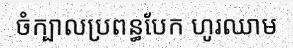
ចំក្បាលប្រពន្ធបែក ហូរឈាម